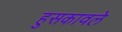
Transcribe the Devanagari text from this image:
हुसकावले